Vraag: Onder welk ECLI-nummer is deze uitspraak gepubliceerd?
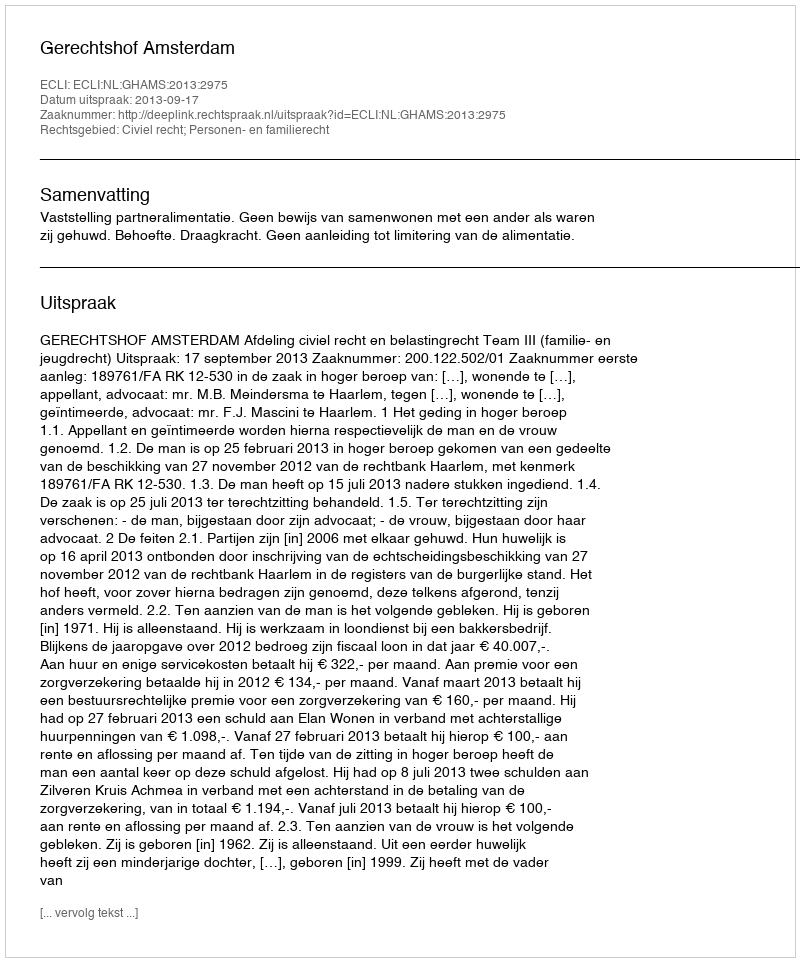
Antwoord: ECLI:NL:GHAMS:2013:2975